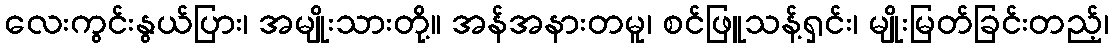
လေးကွင်းနွယ်ပြား၊ အမျိုးသားတို့။ အန်အနားတမူ၊ စင်ဖြူသန့်ရှင်း၊ မျိုးမြတ်ခြင်းတည့်၊